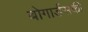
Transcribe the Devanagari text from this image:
बोगार्डसकी